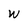
Character: W